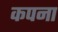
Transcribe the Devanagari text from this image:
कपना